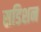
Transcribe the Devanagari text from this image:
सडिशन